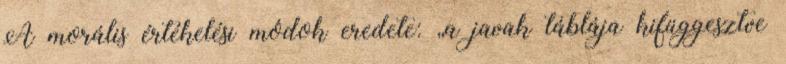
A morális értékelési módok eredete: „a javak táblája kifüggesztve